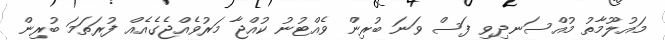
މައުލޫމާތު މުއްސަނދިވި ފަސް ވަނަ ބުރިން ވެއްޓުނު ކުއްޖާ މަރުވެއްޖެގެއެއް ފުރަތަމަ ބުރިން